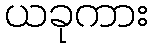
ယခုကား